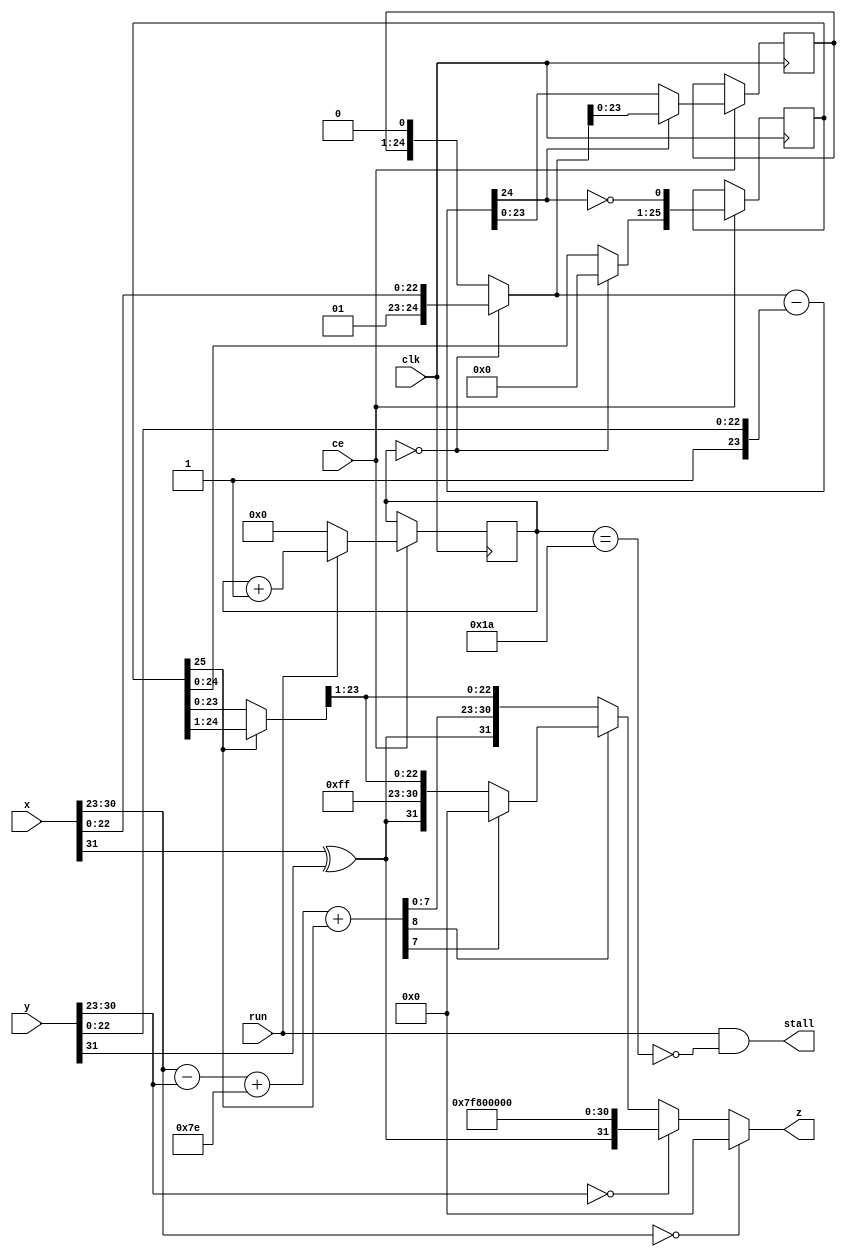
`timescale 1ns / 1ps   

/*Project Oberon, Revised Edition 2013

Book copyright (C)2013 Niklaus Wirth and Juerg Gutknecht;
software copyright (C)2013 Niklaus Wirth (NW), Juerg Gutknecht (JG), Paul
Reed (PR/PDR).

Permission to use, copy, modify, and/or distribute this software and its
accompanying documentation (the "Software") for any purpose with or
without fee is hereby granted, provided that the above copyright notice
and this permission notice appear in all copies.

THE SOFTWARE IS PROVIDED "AS IS" AND THE AUTHORS DISCLAIM ALL WARRANTIES
WITH REGARD TO THE SOFTWARE, INCLUDING ALL IMPLIED WARRANTIES OF
MERCHANTABILITY, FITNESS AND NONINFRINGEMENT.  IN NO EVENT SHALL THE
AUTHORS BE LIABLE FOR ANY CLAIM, SPECIAL, DIRECT, INDIRECT, OR
CONSEQUENTIAL DAMAGES OR ANY DAMAGES OR LIABILITY WHATSOEVER, WHETHER IN
AN ACTION OF CONTRACT, TORT OR OTHERWISE, ARISING FROM, OUT OF OR IN
CONNECTION WITH THE DEALINGS IN OR USE OR PERFORMANCE OF THE SOFTWARE.*/

// NW 16.9.2016

module FPDivider(
    input clk, ce, run,
    input [31:0] x,
    input [31:0] y,
    output stall,
    output [31:0] z);

reg [4:0] S;  // state
reg [23:0] R;
reg [25:0] Q;

wire sign;
wire [7:0] xe, ye;
wire [8:0] e0, e1;
wire [24:0] r0, r1, d;
wire [25:0] q0;
wire [24:0] z0, z1;

assign sign = x[31]^y[31];
assign xe = x[30:23];
assign ye = y[30:23];
assign e0 = {1'b0, xe} - {1'b0, ye};
assign e1 = e0 + 126 + Q[25];
assign stall = run & ~(S == 26);

assign r0 = (S == 0) ? {2'b01, x[22:0]} : {R, 1'b0};
assign r1 = d[24] ? r0 : d;
assign d = r0 - {2'b01, y[22:0]};
assign q0 = (S == 0) ? 0 : Q;

assign z0 = Q[25] ? Q[25:1] : Q[24:0];
assign z1 = z0 + 1;
assign z = (xe == 0) ? 0 :
  (ye == 0) ? {sign, 8'b11111111, 23'b0} :  // div by 0
  (~e1[8]) ? {sign, e1[7:0], z0[23:1]} :
  (~e1[7]) ? {sign, 8'b11111111, z0[23:1]} : 0; // NaN

always @ (posedge(clk)) if(ce) begin
  R <= r1[23:0];
  Q <= {q0[24:0], ~d[24]};
  S <= run ? S+1 : 0;
end
endmodule